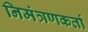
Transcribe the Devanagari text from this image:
निमंत्रणकर्ता